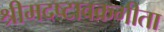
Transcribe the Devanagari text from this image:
श्रीमदष्टावक्रगीता